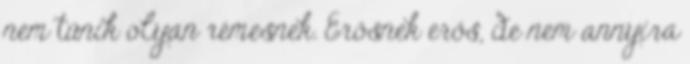
nem tűnik olyan rémesnek. Erősnek erős, de nem annyira